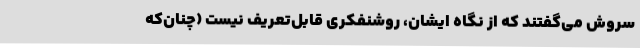
سروش می‌گفتند که از نگاه ایشان، روشنفکری قابل‌تعریف نیست (چنان‌که